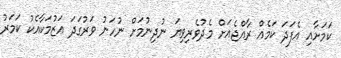
ކަމަށާއި އެފަދަ ކަމެއް ރާއްޖެއަށް މެދުވެރިވިޔަ ނުދިނުމަށް ނުހަނު ވަރުގަދަ ޢަޒުމަކާއެކު ކަމަރު